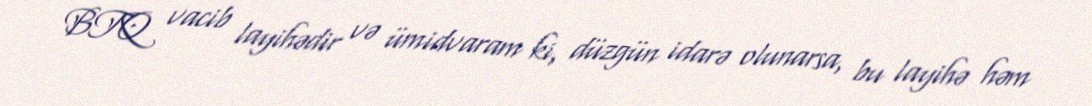
BTQ vacib layihədir və ümidvaram ki, düzgün idarə olunarsa, bu layihə həm